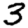
Digit: 3